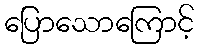
ပြောသောကြောင့်